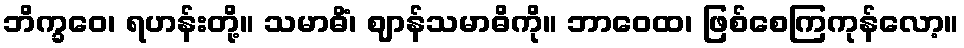
ဘိက္ခဝေ၊ ရဟန်းတို့။ သမာဓိံ၊ ဈာန်သမာဓိကို။ ဘာဝေထ၊ ဖြစ်စေကြကုန်လော့။